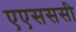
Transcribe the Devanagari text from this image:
एएसससी